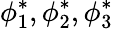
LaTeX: \phi_{1}^{*},\phi_{2}^{*},\phi_{3}^{*}